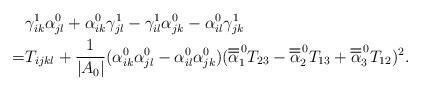
LaTeX: \begin{align*}& \gamma^1_{ik}\alpha_{jl}^0+\alpha_{ik}^0\gamma^1_{jl}-\gamma^1_{il}\alpha_{jk}^0-\alpha_{il}^0\gamma^1_{jk} \\= & T_{ijkl}+ \frac{1}{|A_0|}(\alpha_{ik}^0 \alpha_{jl}^0-\alpha_{il}^0 \alpha_{jk}^0) (\overline{\overline{\alpha}}_1^{\,0} T_{23}-\overline{\overline{\alpha}}_2^{\,0} T_{13}+\overline{\overline{\alpha}}_3^{\,0} T_{12})^2.\end{align*}